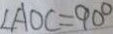
\angle A O C = 9 0 ^ { \circ }